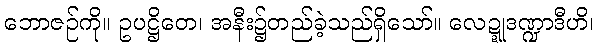
ဘောဇဉ်ကို။ ဥပဋ္ဌိတေ၊ အနီး၌တည်ခဲ့သည်ရှိသော်။ လေဍ္ဍုဒဏ္ဍာဒီဟိ၊